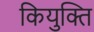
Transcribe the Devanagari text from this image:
कियुक्ति